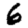
Digit: 6